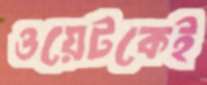
ওয়েটকেই